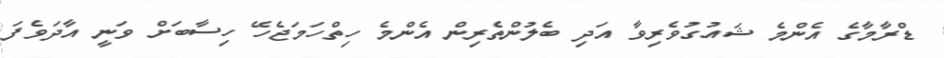
ޑްރާމާގެ އެންމެ ޝައުގުވެރިވާ އަދި ބެލުންތެރިން އެންމެ ހިތްހަމަޖެހޭ ހިސާބަށް ވަނީ އާދަވެފަ